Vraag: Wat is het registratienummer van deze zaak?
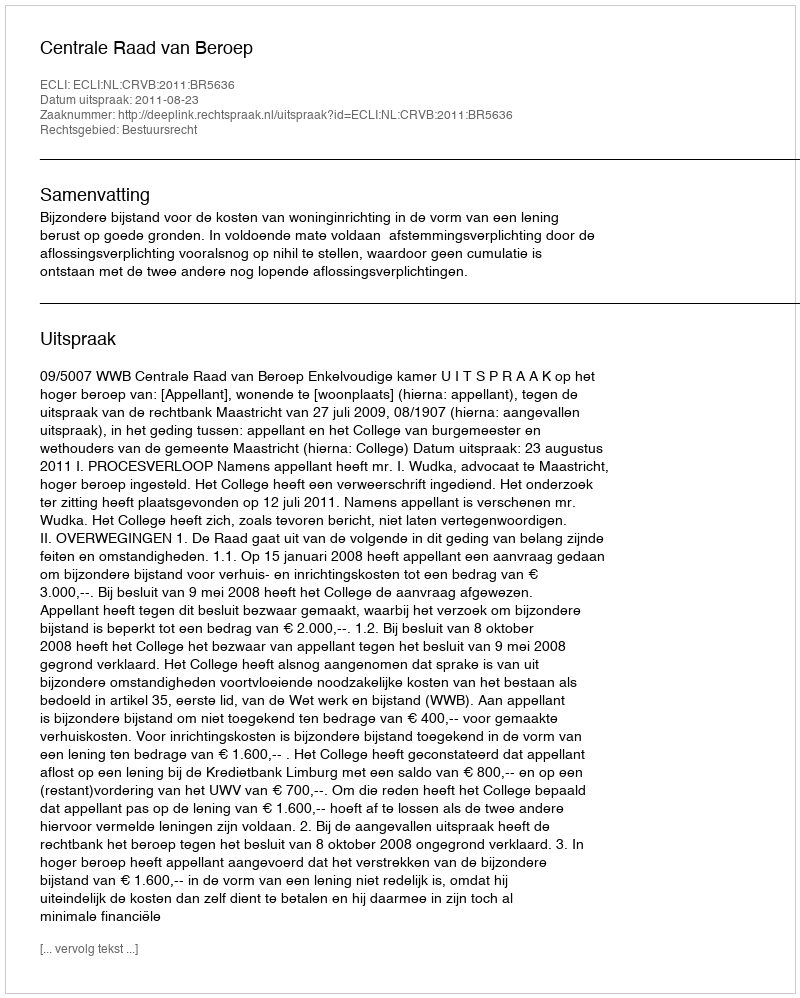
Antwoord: http://deeplink.rechtspraak.nl/uitspraak?id=ECLI:NL:CRVB:2011:BR5636